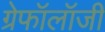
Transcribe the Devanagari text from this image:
ग्रेफॉलॉजी